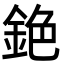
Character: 銫